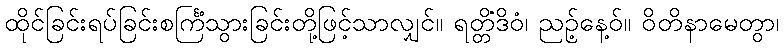
ထိုင်ခြင်းရပ်ခြင်းစင်္ကြံသွားခြင်းတို့ဖြင့်သာလျှင်။ ရတ္တိံဒိဝံ၊ ညဉ့်နေ့ဝ်။ ဝိတိနာမေတွာ၊